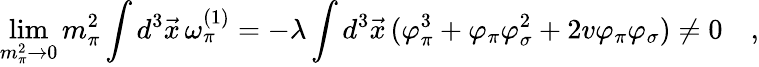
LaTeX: \operatorname*{lim}_{m_{\pi}^{2}\rightarrow 0}m_{\pi}^{2}\int d^{3}\vec{x}\, \omega_{\pi}^{(1)}=-\lambda\int d^{3}\vec{x}\, (\varphi_{\pi}^{3}+\varphi_{\pi}\varphi_{\sigma}^{2}+2v\varphi_{\pi}\varphi_{\sigma})\ne 0\quad,